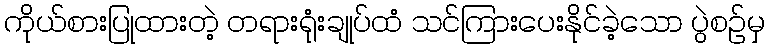
ကိုယ်စားပြုထားတဲ့ တရားရုံးချုပ်ထံ သင်ကြားပေးနိုင်ခဲ့သော ပွဲစဉ်မှ